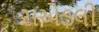
રાએડલી